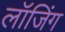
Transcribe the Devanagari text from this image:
लॉजिंग